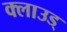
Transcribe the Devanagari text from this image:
क्लाउड्